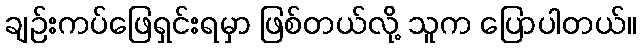
ချဉ်းကပ်ဖြေရှင်းရမှာ ဖြစ်တယ်လို့ သူက ပြောပါတယ်။